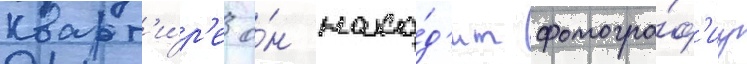
кварт'и́р'е о́н нахо́д'ит фотогра́ф'иу